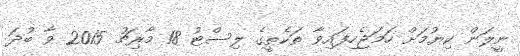
ނީލަން ކިޔުމަށް ހަމަޖެހިފައިވާ ތަކެތީގެ ލިސްޓު 18 މާރިޗު 2015 ވާ ބުދަ